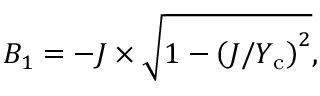
B _ { 1 } = - J \times \sqrt { 1 - \left( J / Y _ { \mathrm { c } } \right) ^ { 2 } } ,